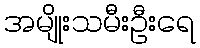
အမျိုးသမီးဦးရေ